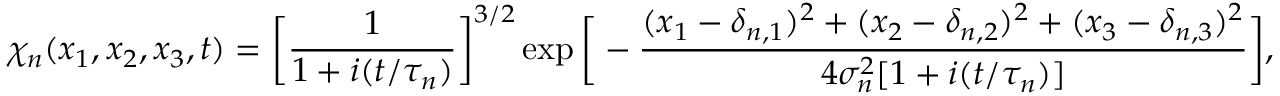
\chi _ { n } ( x _ { 1 } , x _ { 2 } , x _ { 3 } , t ) = \bigg [ \frac { 1 } { 1 + i ( t / \tau _ { n } ) } \bigg ] ^ { 3 / 2 } \exp \bigg [ - \frac { ( x _ { 1 } - \delta _ { n , 1 } ) ^ { 2 } + ( x _ { 2 } - \delta _ { n , 2 } ) ^ { 2 } + ( x _ { 3 } - \delta _ { n , 3 } ) ^ { 2 } } { 4 \sigma _ { n } ^ { 2 } [ 1 + i ( t / \tau _ { n } ) ] } \bigg ] ,